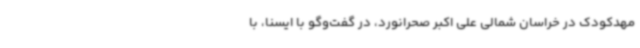
مهدکودک در خراسان شمالی علی اکبر صحرانورد، در گفت‌وگو با ایسنا، با